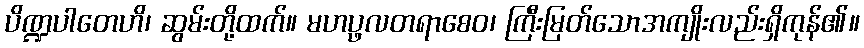
ပိဏ္ဍပါတေဟိ၊ ဆွမ်းတို့ထက်။ မဟပ္ဖလတရာစေဝ၊ ကြီးမြတ်သောအကျိုးလည်းရှိကုန်၏။